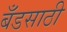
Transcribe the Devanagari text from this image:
बँडसाठी